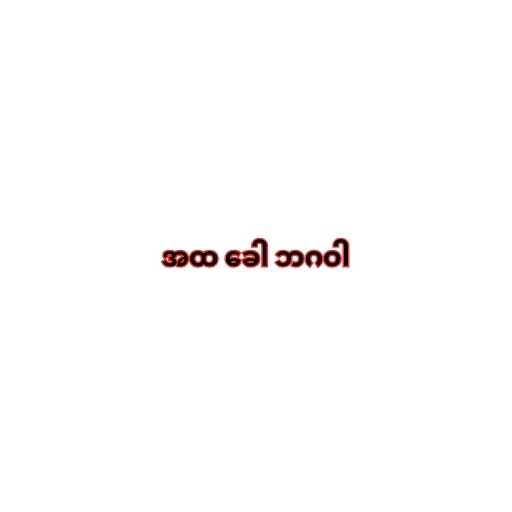
အထ ခေါ ဘဂဝါ